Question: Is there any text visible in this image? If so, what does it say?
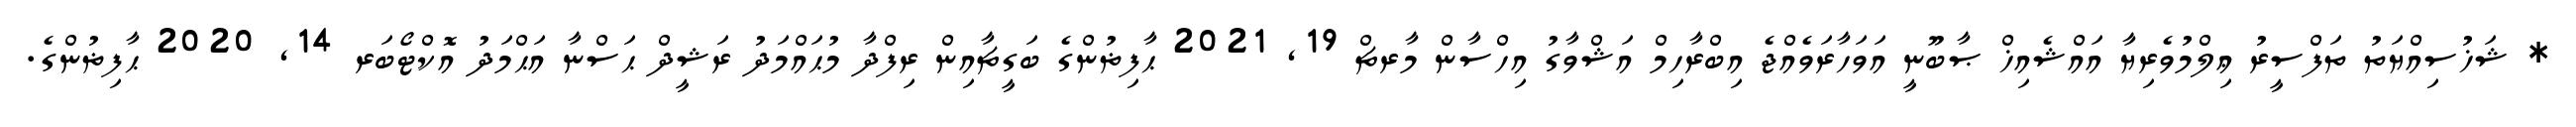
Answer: * ޝަޚުސިއްޔަތު ތަފްސީރު ޢިލްމުވެރިޔާ އައްޝެއިޚް ޞާބޫނީ އަވަހާރަވެއްޖެ އިބްރާހިމް އަޝްވާގު އިހްސާން މާރޗް 19, 2021 ޙާފިޡުންގެ ބަގީޗާއިން ރިފްދާ މުޙައްމަދު ރަޝީދް ޙަސްނާ އަޙްމަދު އޮކްޓޯބަރ 14, 2020 ޙާފިޡުންގެ.